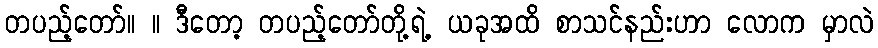
တပည့်တော်။ ။ ဒီတော့ တပည့်တော်တို့ရဲ့ ယခုအထိ စာသင်နည်းဟာ လောက မှာလဲ